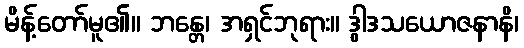
မိန့်တော်မူ၏။ ဘန္တေ၊ အရှင်ဘုရား။ ဒွါဒသယောဇနာနိ၊